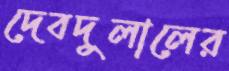
দেবদুলালের